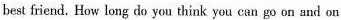
best friend. How long do you think you can go on and on